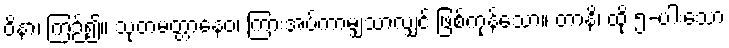
ဝိနာ၊ ကြဉ်၍။ သုတမတ္တာနေဝ၊ ကြားအပ်ကာမျှသာလျှင် ဖြစ်ကုန်သော။ တာနိ၊ ထို ၅-ပါးသော